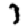
Digit: 7